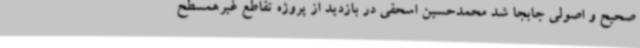
صحیح و اصولی جابجا شد محمدحسین اسحقی در بازدید از پروژه تقاطع غیرهمسطح